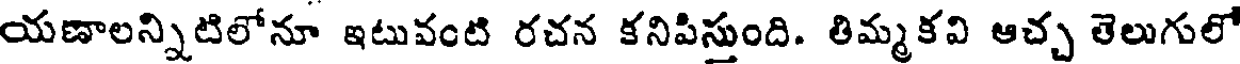
యణాలన్నిటిలోనూ ఇటువంటి రచన కనిపిస్తుంది. తిమ్మకవి ఆచ్చ తెలుగులో